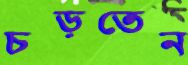
চড়তেন